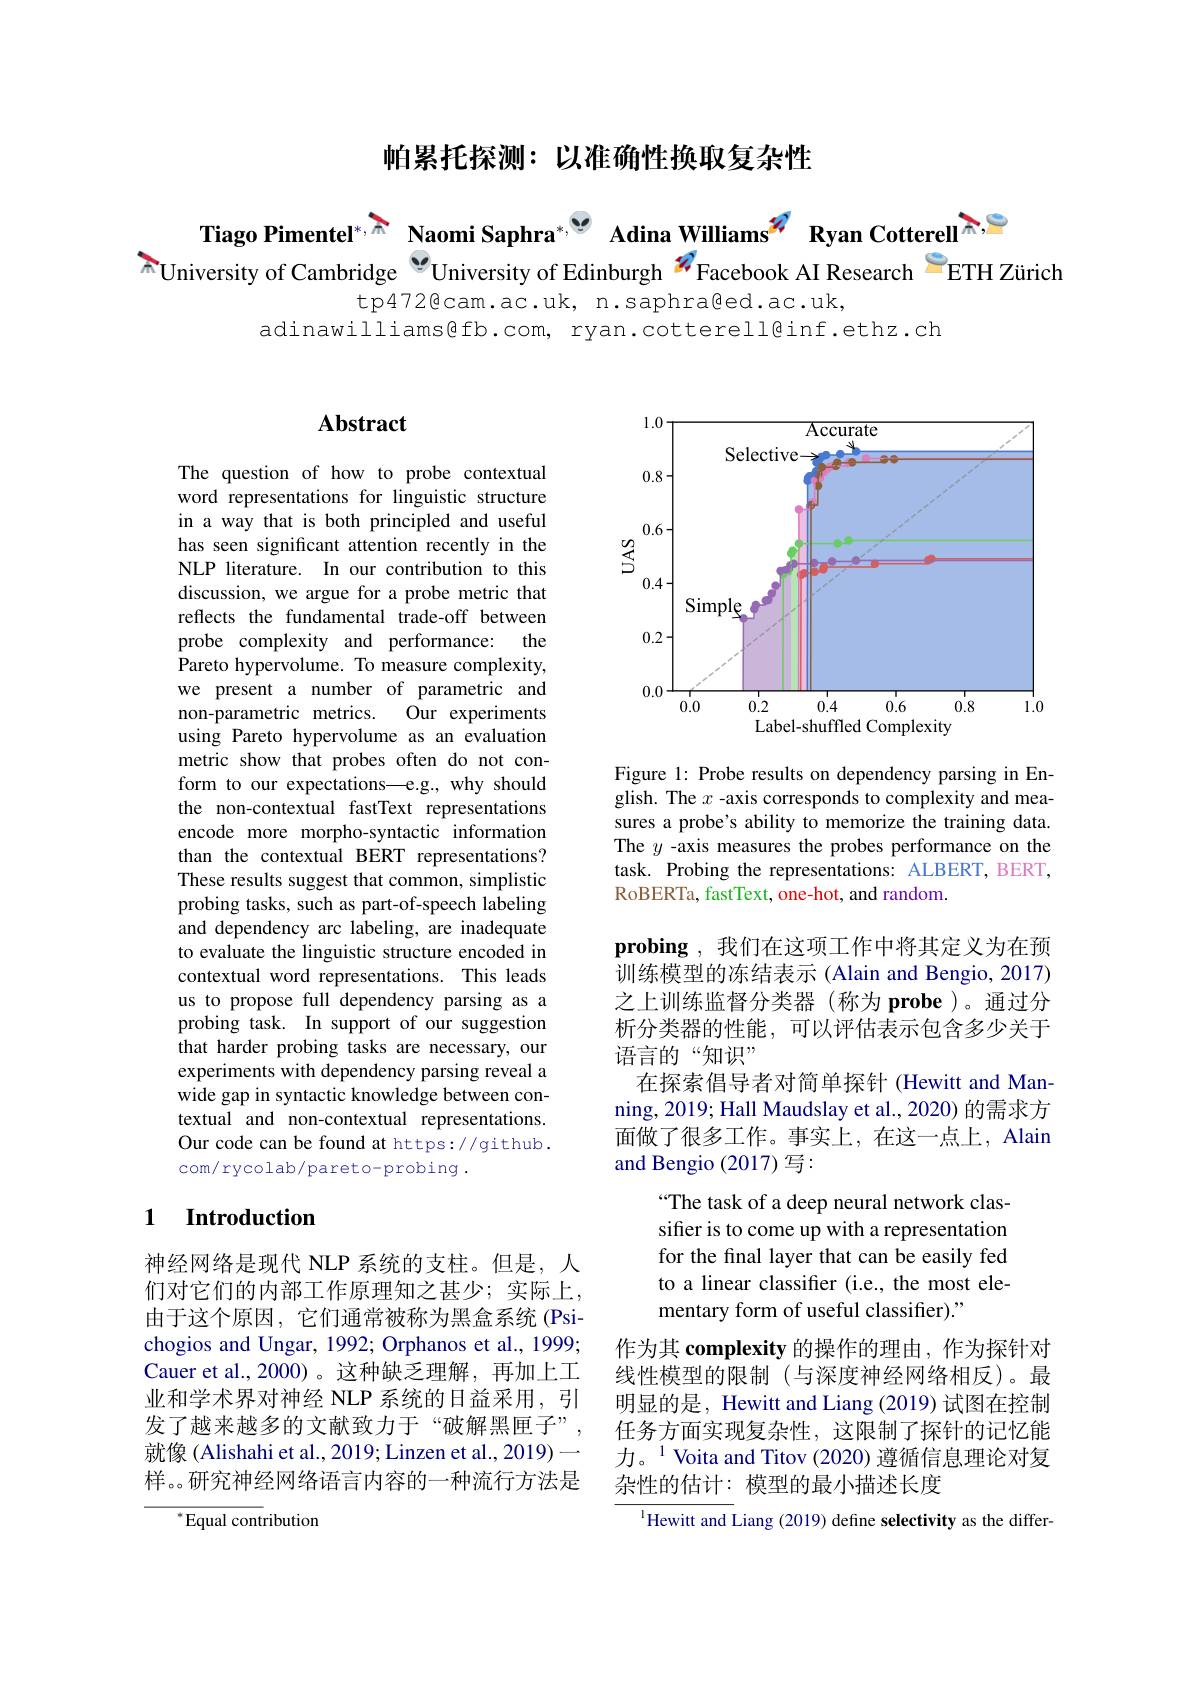
帕累托探测：以准确性换取复杂性

Tiago Pimentel$^{*,\text{A}^{*,\text{A}^{*,\text{Naomi Saphra}^*,\text{"}}}}$ Adina Williams$^{2^*}$ Ryan Cotterell $^{\text{分，S}}$

$^{\pi}$University of Cambridge $^{\textcircled{\mathrm{v}}}$University of Edinburgh $^n$Facebook AI Research $^{2}$ETH Zürich
tp472@cam.ac.uk, n.saphraged.ac.uk,
adinawilliams@fb.com, ryan.cotterell@inf.ethz.ch

## Abstract

The question of how to probe contextual word representations for linguistic structure in a way that is both principled and useful has seen significant attention recently in the NLP literature. In our contribution to this discussion, we argue for a probe metric that reflects the fundamental trade-off between
the
probe complexity and performance:
Pareto hypervolume. To measure complexity, we present a number of parametric and non-parametric metrics.
Our experiments
using Pareto hypervolume as an evaluation metric show that probes often do not conform to our expectations—e.g., why should the non-contextual fastText representations encode more morpho-syntactic information than the contextual BERT representations? These results suggest that common, simplistic probing tasks, such as part-of-speech labeling and dependency arc labeling, are inadequate to evaluate the linguistic structure encoded in contextual word representations. This leads us to propose full dependency parsing as a probing task. In support of our suggestion that harder probing tasks are necessary, our experiments with dependency parsing reveal a wide gap in syntactic knowledge between contextual and non-contextual representations. Our code can be found at https://github. com/rycolab/pareto-probing.

### $\textbf{1}$ $\textbf{Introduction}$

神经网络是现代 NLP 系统的支柱。但是，人们对它们的内部工作原理知之甚少；实际上， 由于这个原因，它们通常被称为黑盒系统(Psichogios and Ungar, 1992; Orphanos et al., 1999; Cauer et al., 2000)。这种缺乏理解，再加上工业和学术界对神经 NLP 系统的日益采用，引发了越来越多的文献致力于“破解黑匣子” 就像 (Alishahi et al., 2019; Linzen et al., 2019) 样。。研究神经网络语言内容的一种流行方法是

${^*}{\mathrm{Equal~cont}}$ribution

<FigureHere>

Figure 1: Probe results on dependency parsing in English. The $x$ -axis corresponds to complexity and measures a probe's ability to memorize the training data. The $y$ -axis measures the probes performance on the task. Probing the representations: ALBERT, BERT, RoBERTa, fastText, one-hot, and random.

probing ,我们在这项工作中将其定义为在预训练模型的冻结表示 (Alain and Bengio, 2017) 之上训练监督分类器(称为 probe)。通过分析分类器的性能，可以评估表示包含多少关于语言的“知识”
在探索倡导者对简单探针 (Hewitt and Manning, 2019; Hall Maudslay et al., 2020) 的需求方面做了很多工作。事实上，在这一点上，Alain and Bengio (2017) 写：
“The task of a deep neural network classifer is to come up with a representation for the final layer that can be easily fed to a linear classifier (i.e., the most elementary form of useful classifier)."
作为其 complexity 的操作的理由，作为探针对线性模型的限制(与深度神经网络相反)。最明显的是，Hewitt and Liang (2019) 试图在控制任务方面实现复杂性，这限制了探针的记忆能力。$^{1}$ Voita and Titov (2020) 遵循信息理论对复杂性的估计：模型的最小描述长度
$^{\mathrm{l}}$Hewitt and Liang (2019) define selectivity as the differ-